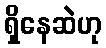
ရှိနေဆဲဟု